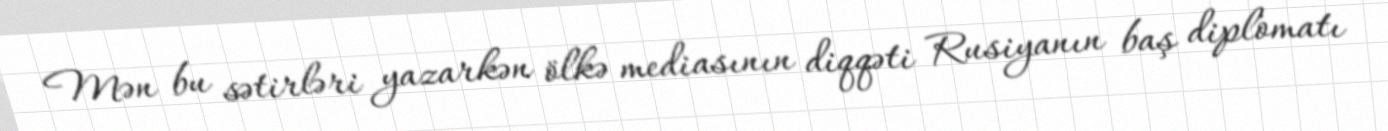
Mən bu sətirləri yazarkən ölkə mediasının diqqəti Rusiyanın baş diplomatı